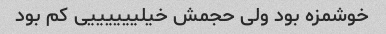
خوشمزه بود ولی حجمش خیلییییییی کم بود